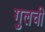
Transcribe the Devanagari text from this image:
गुलची